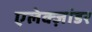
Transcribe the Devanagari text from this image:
एलेक्ज़ांडर